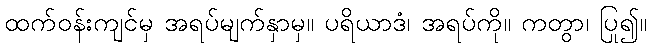
ထက်ဝန်းကျင်မှ အရပ်မျက်နှာမှ။ ပရိယာဒံ၊ အရပ်ကို။ ကတွာ၊ ပြု၍။